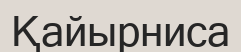
Қайырниса